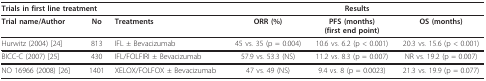
<table><thead><tr><td colspan="3"><b>Trials in first line treatment</b></td><td colspan="3"><b>Results</b></td></tr></thead><tbody><tr><td><b>Trial name/Author</b></td><td><b>No</b></td><td><b>Treatments</b></td><td><b>ORR (%)</b></td><td><b>PFS (months)</b><b>(first end point)</b></td><td><b>OS (months)</b></td></tr><tr><td>Hurwitz (2004) [24]</td><td>813</td><td>IFL ± Bevacizumab</td><td>45 vs. 35 (p = 0.004)</td><td>10.6 vs. 6.2 (p &lt; 0.001)</td><td>20.3 vs. 15.6 (p &lt; 0.001)</td></tr><tr><td>BICC-C (2007) [25]</td><td>430</td><td>IFL/FOLFIRI ± Bevacizumab</td><td>57.9 vs. 53.3 (NS)</td><td>11.2 vs. 8.3 (p = 0.007)</td><td>NR vs. 19.2 (p = 0.007)</td></tr><tr><td>NO 16966 (2008) [26]</td><td>1401</td><td>XELOX/FOLFOX ± Bevacizumab</td><td>47 vs. 49 (NS)</td><td>9.4 vs. 8 (p = 0.0023)</td><td>21.3 vs. 19.9 (p = 0.077)</td></tr></tbody></table>